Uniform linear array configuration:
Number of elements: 12
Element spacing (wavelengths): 0.5
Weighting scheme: exponential
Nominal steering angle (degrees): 60
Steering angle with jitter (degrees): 61.481
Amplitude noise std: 0.05
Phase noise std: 0.05

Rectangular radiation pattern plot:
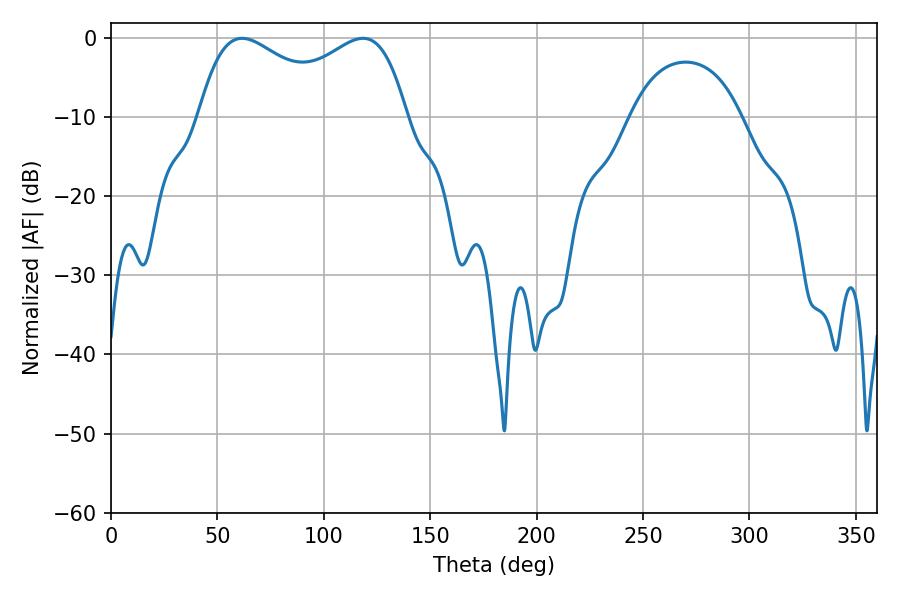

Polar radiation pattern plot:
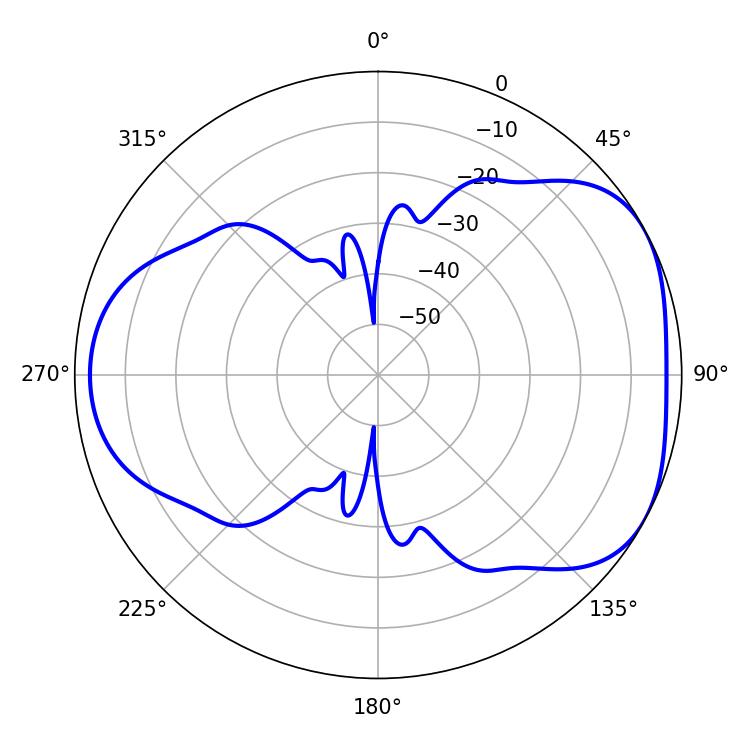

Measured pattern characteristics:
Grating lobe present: FALSE
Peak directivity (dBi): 4.499
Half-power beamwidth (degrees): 81.36
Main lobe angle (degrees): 61.56